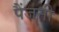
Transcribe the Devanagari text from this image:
पैंजनी